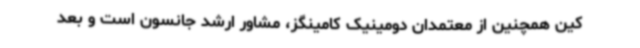
کین همچنین از معتمدان دومینیک کامینگز، مشاور ارشد جانسون است و بعد